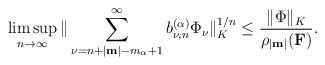
LaTeX: \begin{align*}\limsup_{n \rightarrow \infty} \|\sum_{\nu=n+|\textup{\textbf{m}}|-m_\alpha+1}^{\infty} b_{\nu,n}^{(\alpha)} \Phi_\nu\|_K^{1/n}\leq \frac{\|\Phi\|_K}{\rho_{|\textup{\textbf{m}}|}(\textup{\textbf{F}})}.\end{align*}